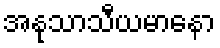
အနုသာသီယမာနော